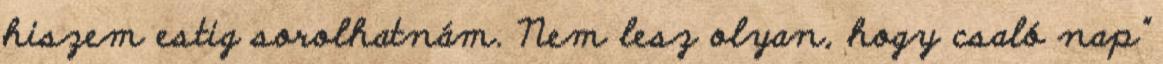
hiszem estig sorolhatnám. Nem lesz olyan, hogy csaló nap”